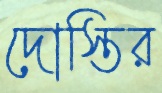
দোস্তির